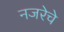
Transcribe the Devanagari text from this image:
नजरेचे